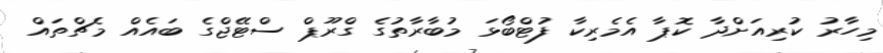
މިހާރު ކުރިއަށްދާ ކޮޕާ އެމެރިކާ ފުޓްބޯޅަ މުބާރާތުގެ ގްރޫޕް ސްޓޭޖްގެ ބައެއް މެޗްތައް